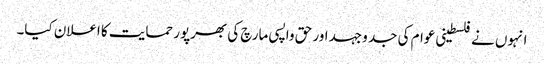
انہوں نے فلسطینی عوام کی جد وجہد اور حق واپسی مارچ کی بھرپور حمایت کا اعلان کیا۔